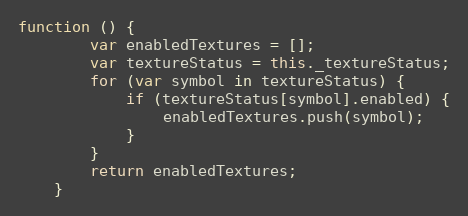
Language: JavaScript
function () {
        var enabledTextures = [];
        var textureStatus = this._textureStatus;
        for (var symbol in textureStatus) {
            if (textureStatus[symbol].enabled) {
                enabledTextures.push(symbol);
            }
        }
        return enabledTextures;
    }